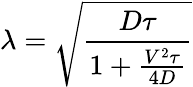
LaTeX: \lambda=\sqrt{\frac{D\tau}{1+\frac{V^{2}\tau}{4D}}}